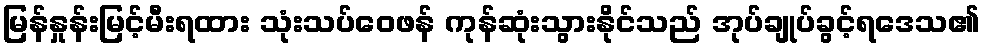
မြန်နှုန်းမြင့်မီးရထား သုံးသပ်ဝေဖန် ကုန်ဆုံးသွားနိုင်သည် အုပ်ချုပ်ခွင့်ရဒေသ၏